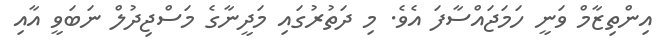
އިންތިޒާމް ވަނީ ހަމަޖައްސާފަ އެވެ. މި ދަތުރުގައި މަދީނާގެ މަސްޖިދުލް ނަބަވީ އާއި